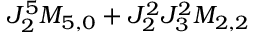
J _ { 2 } ^ { 5 } M _ { 5 , 0 } + J _ { 2 } ^ { 2 } J _ { 3 } ^ { 2 } M _ { 2 , 2 }